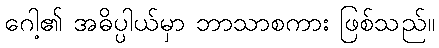
ဂေါ့၏ အဓိပ္ပါယ်မှာ ဘာသာစကား ဖြစ်သည်။